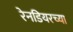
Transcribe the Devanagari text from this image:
रेनडियरच्या